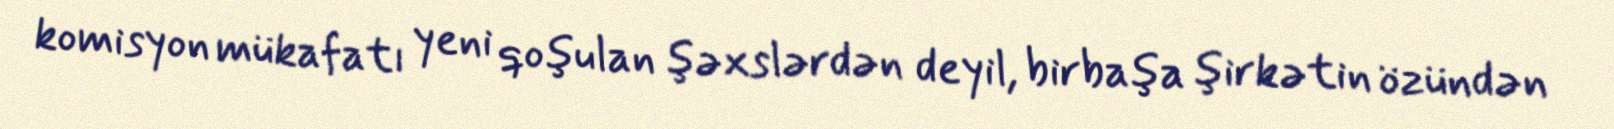
komisyon mükafatı yeni qoşulan şəxslərdən deyil, birbaşa şirkətin özündən